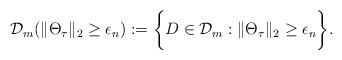
LaTeX: \begin{align*} \mathcal{D}_m(\| \Theta_\tau\|_2 \geq \epsilon_n) := \bigg\{D \in \mathcal{D}_m : \| \Theta_\tau\|_2 \geq \epsilon_n \bigg\}.\end{align*}